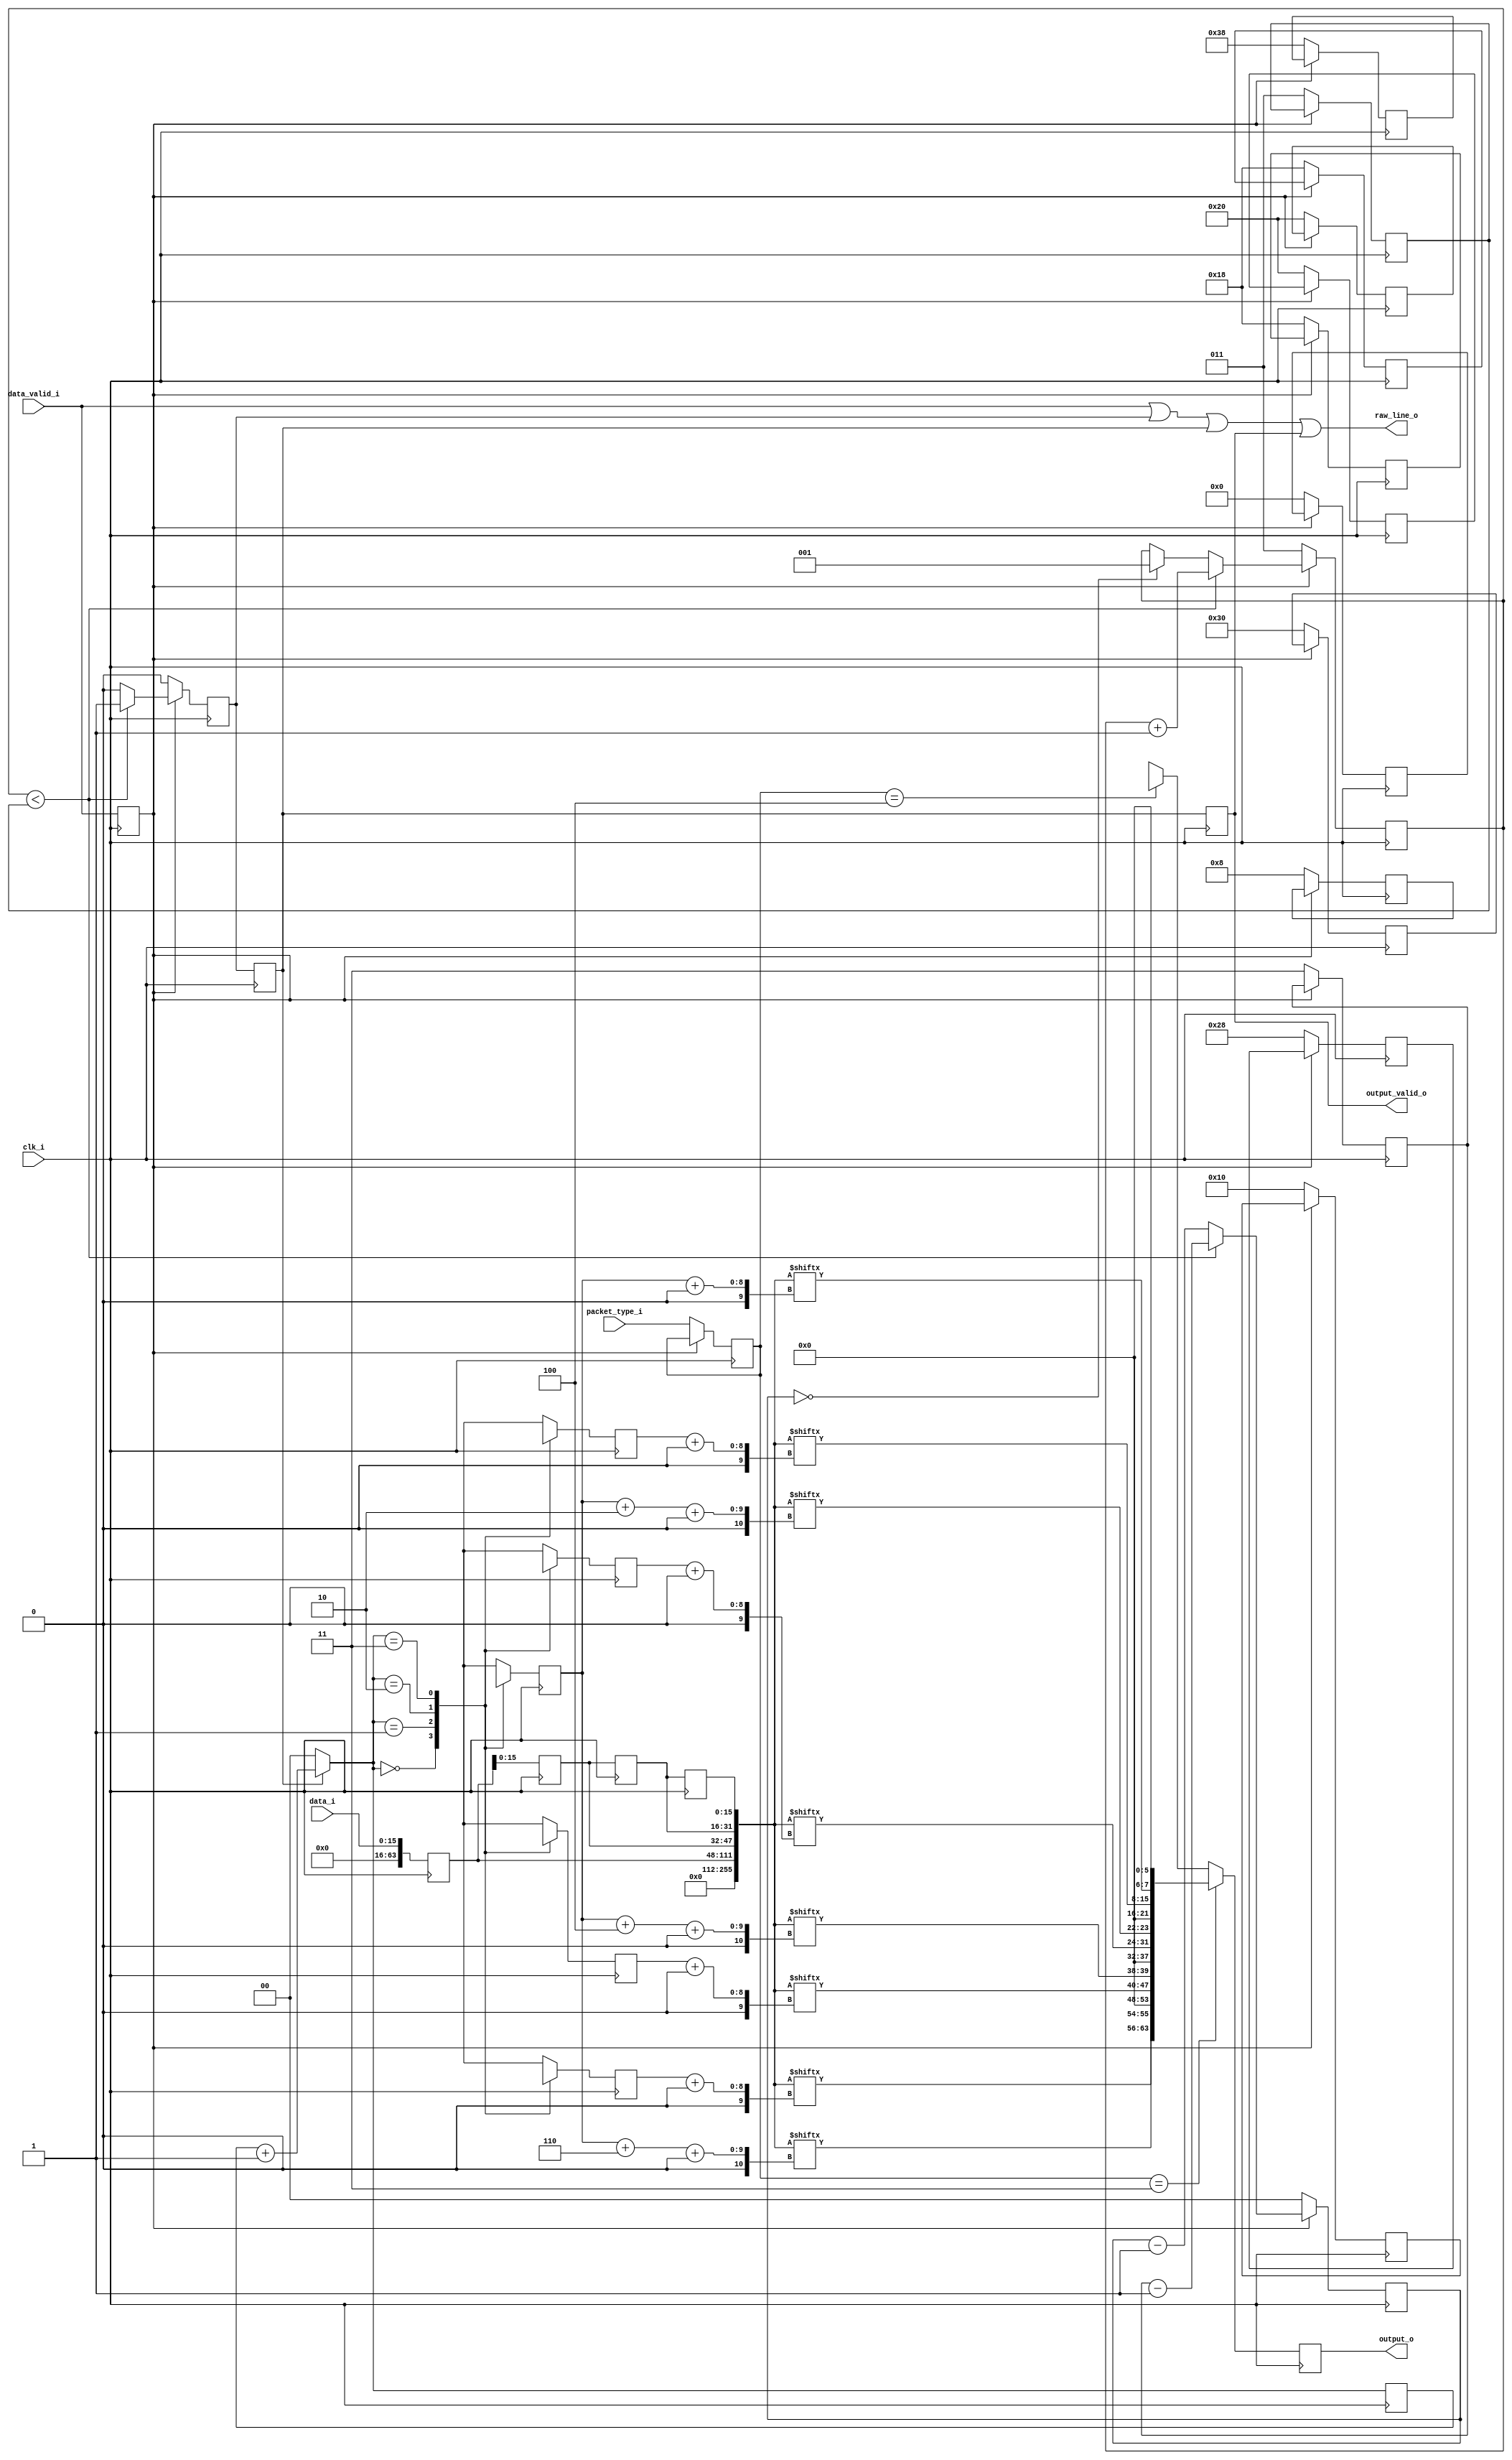
`timescale 1ns/1ns


module mipi_csi_rx_raw_depacker_8b2lane #(parameter PIXEL_WIDTH=16)(clk_i,
										data_valid_i,
										data_i,
										packet_type_i,
										raw_line_o,
										output_valid_o,
										output_o);
localparam [7:0]MIPI_GEAR = 8;
localparam [3:0]LANES = 3'h2;
localparam [3:0]PIXEL_PER_CLK = 4;

localparam [7:0]MIPI_CSI_PACKET_10bRAW = 8'h2B;
localparam [7:0]MIPI_CSI_PACKET_12bRAW = 8'h2C;
localparam [7:0]MIPI_CSI_PACKET_14bRAW = 8'h2D;

input clk_i;
input data_valid_i;
input [((MIPI_GEAR * LANES) - 1'h1) : 0]data_i;
input [2:0]packet_type_i;

output reg output_valid_o;
output reg [((PIXEL_WIDTH * PIXEL_PER_CLK) - 1) :0]output_o; 
output raw_line_o;

reg [7:0]index_table_pixel_0[3:0];
reg [7:0]index_table_pixel_1[3:0];
reg [7:0]index_table_pixel_2[3:0];
reg [7:0]index_table_pixel_3[3:0];
reg [7:0]index_table_pixel_lsb1[3:0];


reg [7:0]offset_pixel_0;
reg [7:0]offset_pixel_1;
reg [7:0]offset_pixel_2;
reg [7:0]offset_pixel_3;
reg [7:0]offset_pixel_lsb1;



reg [1:0]offset_index;
			
reg [((MIPI_GEAR * LANES) - 1'h1):0]last_data_i[2:0];			
reg [2:0]byte_count;
reg [1:0]idle_count;

reg data_valid_reg;
reg [63:0]data_reg;
reg [7:0]offset_factor_reg;
reg [2:0]burst_length_reg;
reg [1:0]idle_length_reg;
reg [2:0]packet_type_reg;

wire [7:0]offset_factor;
wire [2:0]burst_length;
wire [1:0]idle_length;
wire [255:0]pipe; //combined current and last input data byte

reg [127:0]output_10b;
reg [127:0]output_12b;
reg [127:0]output_14b;
reg output_valid_reg;
reg output_valid_reg_2;

assign pipe = {data_reg , last_data_i[0], last_data_i[1], last_data_i[2]}; //would need last bytes as well as current data to get full 8 pixel , with 16x gering bytes are arrange as [bb,aa]

				
assign offset_factor = (packet_type_i == (MIPI_CSI_PACKET_10bRAW & 8'h07))? 8'd32: (packet_type_i == (MIPI_CSI_PACKET_12bRAW & 8'h07))? 8'd32:8'd48;
					   
assign burst_length =  ((packet_type_i == (MIPI_CSI_PACKET_10bRAW & 8'h07)) || (packet_type_i == (MIPI_CSI_PACKET_14bRAW & 8'h07)))? 8'd3:8'd3;	 //active + 1	   
						
assign idle_length =  ((packet_type_i == (MIPI_CSI_PACKET_10bRAW & 8'h07)) || (packet_type_i == (MIPI_CSI_PACKET_12bRAW & 8'h07)))? 2'd3: 2'd3; //inactive


assign raw_line_o = data_valid_i| output_valid_reg | output_valid_reg_2 | output_valid_o;
 
always @(*)
begin
	//output_10b[127:112] = 	{pipe [offset_pixel_0	+:8], 	pipe [offset_pixel_lsb1 +:2], 6'h0}; 		//lane 1 first pixel on wire	
	//output_10b[111:96]  = 	{pipe [offset_pixel_1 	+:8], 	pipe [offset_pixel_lsb1 +:4]>>2, 6'h0};		
	//output_10b[95:80]   = 	{pipe [offset_pixel_2 	+:8], 	pipe [offset_pixel_lsb1 +:6]>>4 , 6'h0};
	//output_10b[79:64]   = 	{pipe [offset_pixel_3 	+:8], 	pipe [offset_pixel_lsb1	+:8]>>6, 6'h0};
	//output_10b[63:48] = 	{pipe [offset_pixel_4 	+:8], 	pipe [offset_pixel_lsb2 +:2], 6'h0};
	//output_10b[47:32] = 	{pipe [offset_pixel_5 	+:8], 	pipe [offset_pixel_lsb2 +:4]>>2, 6'h0};
	//output_10b[31:16] = 	{pipe [offset_pixel_6 	+:8], 	pipe [offset_pixel_lsb2 +:6]>>4, 6'h0};		
	//output_10b[15:0]  = 	{pipe [offset_pixel_7	+:8], 	pipe [offset_pixel_lsb2 +:8]>>6, 6'h0}; 		//lane 4 	
	

	output_10b[48 +: PIXEL_WIDTH] = 	{pipe [offset_pixel_3 	+:8], 	pipe[(offset_pixel_lsb1+6) +:2], 6'h0}; 		//lane 2
	output_10b[32 +: PIXEL_WIDTH] = 	{pipe [offset_pixel_2 	+:8], 	pipe[(offset_pixel_lsb1+4) +:2], 6'h0};
	output_10b[16 +: PIXEL_WIDTH] = 	{pipe [offset_pixel_1 	+:8], 	pipe[(offset_pixel_lsb1+2) +:2], 6'h0};		
	output_10b[0  +: PIXEL_WIDTH]  = 	{pipe [offset_pixel_0	+:8], 	pipe[offset_pixel_lsb1 	   +:2], 6'h0}; 		//lane 1 first pixel on wire	

/*
	output_12b[127:112] = 	{pipe [offset_79	-:8], 	pipe [offset_95 	-:4]} << 4; 		//lane 4 	TODO:Reverify 
	output_12b[111:96]  = 	{pipe [offset_71 	-:8], 	pipe [offset_91 	-:4]} << 4;		
	output_12b[95:80]   = 	{pipe [offset_63 	-:8], 	pipe [offset_87 	-:4]} << 4;
	output_12b[79:64]   = 	{pipe [offset_55 	-:8], 	pipe [offset_83 	-:4]} << 4;
	output_12b[63:48] = 	{pipe [offset_31  	-:8], 	pipe [offset_47 	-:4]} << 4;
	output_12b[47:32] = 	{pipe [offset_23 	-:8], 	pipe [offset_43 	-:4]} << 4;
	output_12b[31:16] = 	{pipe [offset_15 	-:8], 	pipe [offset_39 	-:4]} << 4;
	output_12b[15:0]  = 	{pipe [offset_7 	-:8], 	pipe [offset_35 	-:4]} << 4; 		//lane 1
	
	output_14b[127:112] = 	{pipe [offset_87	-:8], 	pipe [offset_111 	-:6]} << 2; 		//lane 4 	TODO:Reverify 
	output_14b[111:96]  = 	{pipe [offset_79 	-:8], 	pipe [offset_105 	-:6]} << 2;		
	output_14b[95:80]   = 	{pipe [offset_71 	-:8], 	pipe [offset_99 	-:6]} << 2;
	output_14b[79:64]   = 	{pipe [offset_63 	-:8], 	pipe [offset_93 	-:6]} << 2;			
	output_14b[63:48] =		{pipe [offset_31 	-:8], 	pipe [offset_55 	-:6]} << 2;			
	output_14b[47:32] = 	{pipe [offset_23 	-:8], 	pipe [offset_49 	-:6]} << 2;
	output_14b[31:16] = 	{pipe [offset_15 	-:8], 	pipe [offset_43 	-:6]} << 2;
	output_14b[15:0]  = 	{pipe [offset_7 	-:8], 	pipe [offset_37 	-:6]} << 2; 		//lane 1 
*/

end

always @(posedge clk_i)
begin

	
	if (packet_type_reg == (MIPI_CSI_PACKET_10bRAW & 8'h07))
	begin
		output_o <= output_10b;
	end
	else if (packet_type_reg == (MIPI_CSI_PACKET_12bRAW & 8'h07))
	begin		
		output_o <= output_12b;
	end
	else // if (packet_type_i == (MIPI_CSI_PACKET_14bRAW & 8'h07))
	begin
		output_o <= output_14b;
	end
	
end



always @(posedge clk_i)
begin
	
		output_valid_reg_2 <= output_valid_reg;
		output_valid_o <= output_valid_reg_2;
		
		if (output_valid_reg_2)
		begin
			offset_index = offset_index + 1;
		end
		else
		begin
			offset_index = 0;
		end
		
		offset_pixel_0 <= index_table_pixel_0[offset_index];
		offset_pixel_1 <= index_table_pixel_1[offset_index];
		offset_pixel_2 <= index_table_pixel_2[offset_index];
		offset_pixel_3 <= index_table_pixel_3[offset_index];
		offset_pixel_lsb1 <= index_table_pixel_lsb1[offset_index];
end

always @(posedge clk_i )//or negedge data_valid_reg)
begin
	
	if (data_valid_reg)
	begin

		if (byte_count < (burst_length_reg))
		begin
			byte_count <= byte_count + 1'd1;
			idle_count <= idle_length_reg - 1'b1;			
			
			output_valid_reg <= 1'b1;
			
		end
		else
		begin
			idle_count <= idle_count - 1'b1;
			if (!idle_count)
			begin
				byte_count <= 4'b1;		//set to 1 to enable output_valid_o with next edge
			end

			output_valid_reg <= 1'h0;
		end


	end
	else
	begin
	
		byte_count <= burst_length;

		index_table_pixel_0[0] <= 0;  
		index_table_pixel_0[1] <= 24;
		
		index_table_pixel_1[0] <= 8;
		index_table_pixel_1[1] <= 32;

		
		index_table_pixel_2[0] <= 16;
		index_table_pixel_2[1] <= 40;

		
		index_table_pixel_3[0] <= 24;
		index_table_pixel_3[1] <= 48;

		
		index_table_pixel_lsb1[0] <= 32;
		index_table_pixel_lsb1[1] <= 56;

	
		
	//	if (packet_type_i == (MIPI_CSI_PACKET_14bRAW & 8'h07))		// for 14bit need to wait for 3 sample while 12bit and 10bit only need 1 sample delay
	//	begin
	//		idle_count <= 3'd2;
	//	end
	//	else
	//	begin 
			idle_count <= 3'b0;	//need to be zero to wait for 1 sample after data become valid	
	//	end
		
		output_valid_reg <= 1'h0;
		offset_factor_reg <= offset_factor;
		burst_length_reg <= burst_length;
		idle_length_reg <= idle_length;
		packet_type_reg <= packet_type_i;
	end
end

always @(posedge clk_i)
begin
		data_valid_reg <= data_valid_i;
		data_reg <= data_i;
		
		last_data_i[0] <= data_reg;
		last_data_i[1] <= last_data_i[0];
		last_data_i[2] <= last_data_i[1];
end

endmodule